画像に写った文字を読んでください
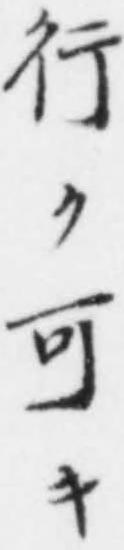
「行ク可キ」と書いてあります